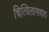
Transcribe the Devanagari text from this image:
चित्विलासवाद